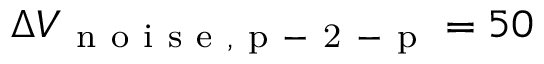
\Delta V _ { \mathrm { ~ n ~ o ~ i ~ s ~ e ~ , ~ p ~ - ~ 2 ~ - ~ p ~ } } = 5 0